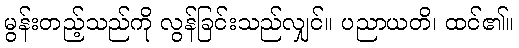
မွန်းတည့်သည်ကို လွန်ခြင်းသည်လျှင်။ ပညာယတိ၊ ထင်၏။